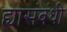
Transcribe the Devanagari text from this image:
ह्यासंबंधी